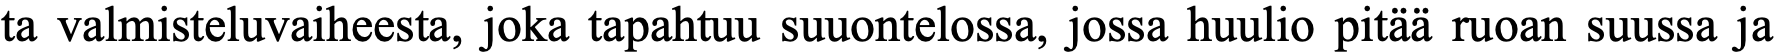
ta valmisteluvaiheesta, joka tapahtuu suuontelossa, jossa huulio pitää ruoan suussa ja